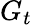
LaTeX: G_{t}